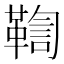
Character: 鞫